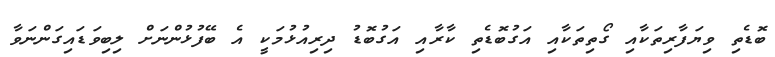
ބޮޑެތި ވިޔަފާރިތަކާއި ގޯތިތަކާއި އަގުބޮޑެތި ކާރާއި އަގުބޮޑު ދިރިއުޅުމަކީ އެ ބޭފުޅުންނަށް ލިބިވަޑައިގަންނަވާ